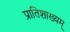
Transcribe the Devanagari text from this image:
प्रातिशाख्यम्